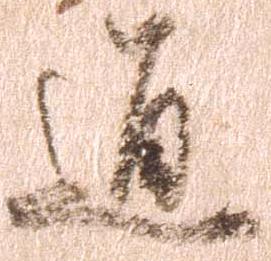
通